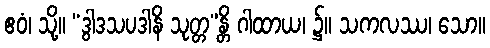
ဧဝံ၊ သို့။ “ဒွါဒသပဒါနိ သုတ္တ”န္တိ ဂါထာယ၊ ၌။ သကလဿ၊ သော။